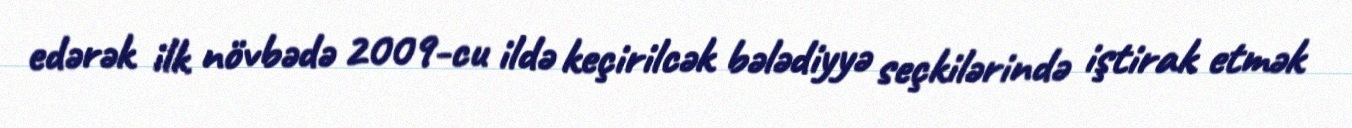
edərək ilk növbədə 2009-cu ildə keçirilcək bələdiyyə seçkilərində iştirak etmək